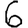
Digit: 6